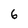
Character: 6